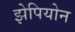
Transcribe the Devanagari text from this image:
झेपियोन